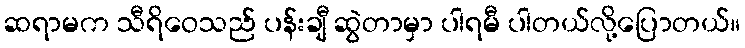
ဆရာမက သီရိဝေသည် ပန်းချီ ဆွဲတာမှာ ပါရမီ ပါတယ်လို့ပြောတယ်။